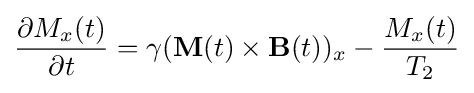
{\frac {\partial M_{x}(t)}{\partial t}}=\gamma (\mathbf {M} (t)\times \mathbf {B} (t))_{x}-{\frac {M_{x}(t)}{T_{2}}}